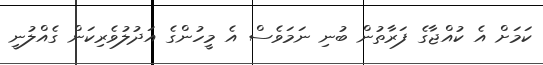
ކަމަށް އެ ކުއްޖާގެ ފަރާތުން ބުނި ނަމަވެސް އެ މީހުންގެ އަދުލުވެރިކަން ގެއްލުނީ